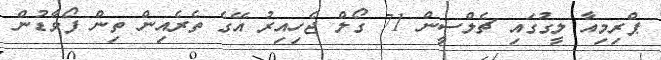
ޕްރިމިއާ ލީގުގައި ޗެލްސީން 71 ގޯލް ޖެހިއިރު އޭގެ ތެރެއިން ތިން ފޯވާޑުން